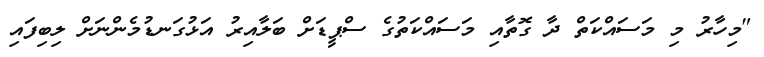
"މިހާރު މި މަސައްކަތް ދާ ގޮތާއި މަސައްކަތުގެ ސްޕީޑަށް ބަލާއިރު އަޅުގަނޑުމެންނަށް ލިބިފައި